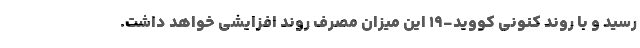
رسید و با روند کنونی کووید-۱۹ این میزان مصرف روند افزایشی خواهد داشت.